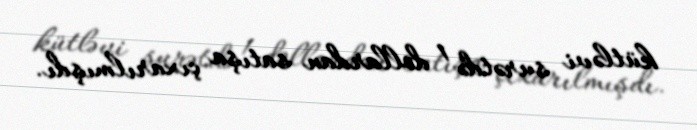
kütləvi surətdə 1 dollardan satışa çıxarılmışdı.